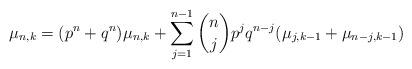
LaTeX: \begin{align*} \mu_{n,k} = (p^n + q^n)\mu_{n,k} + \sum_{j=1}^{n-1} { n\choose j } p^j q^{n-j} (\mu_{j,k-1} + \mu_{n-j,k-1})\end{align*}